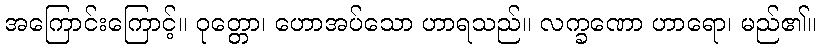
အကြောင်းကြောင့်။ ဝုတ္တော၊ ဟောအပ်သော ဟာရသည်။ လက္ခဏော ဟာရော၊ မည်၏။